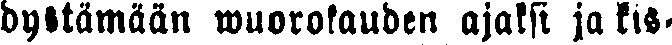
dystämään wuorokauden ajaksi ja kis-